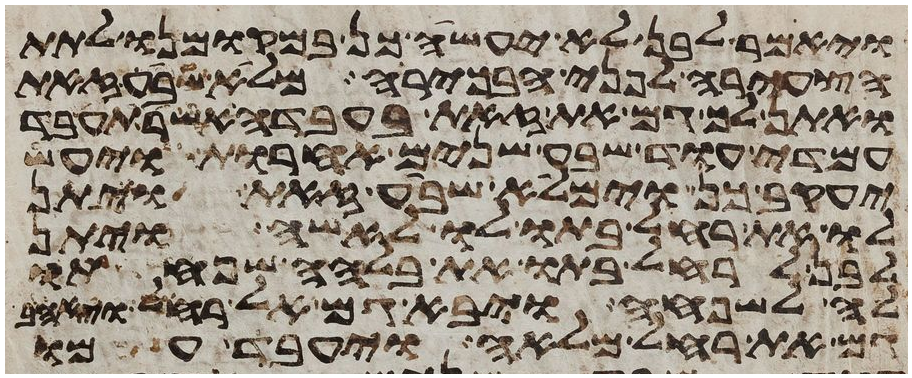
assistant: ויאמר לבן לא יעשה כן במקומינו לתת
הצעירה לפני הבכירה מלא שבע זאת
ואתן לך גם את זאת בעבדה אשר תעבד
עמדי עוד שבע שנים אחרות ויעש
יעקב כן וימלא שבע זאת ויתן
לו את רחל בתו לו לאשה ויתן
לבן לרחל בתו את בלהה שפחתו
לה לשפחה ויבא גם אל רחל ויאהב
גם את רחל מלאה ויעבד עמו